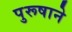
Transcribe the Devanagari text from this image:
पुरूषाने